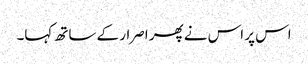
اس پر اس نے پھر اصرار کے ساتھ کہا۔